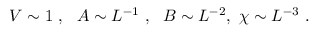
V \sim 1 \ , \ \ A \sim L ^ { - 1 } \ , \ \ B \sim L ^ { - 2 } , \ \chi \sim L ^ { - 3 } \ .